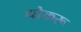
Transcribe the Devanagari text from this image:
धोकरू